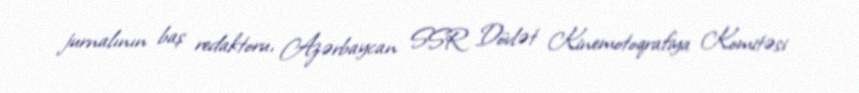
jurnalının baş redaktoru, Azərbaycan SSR Dövlət Kinemotoqrafiya Komitəsi